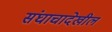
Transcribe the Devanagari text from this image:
संघाचादेखील